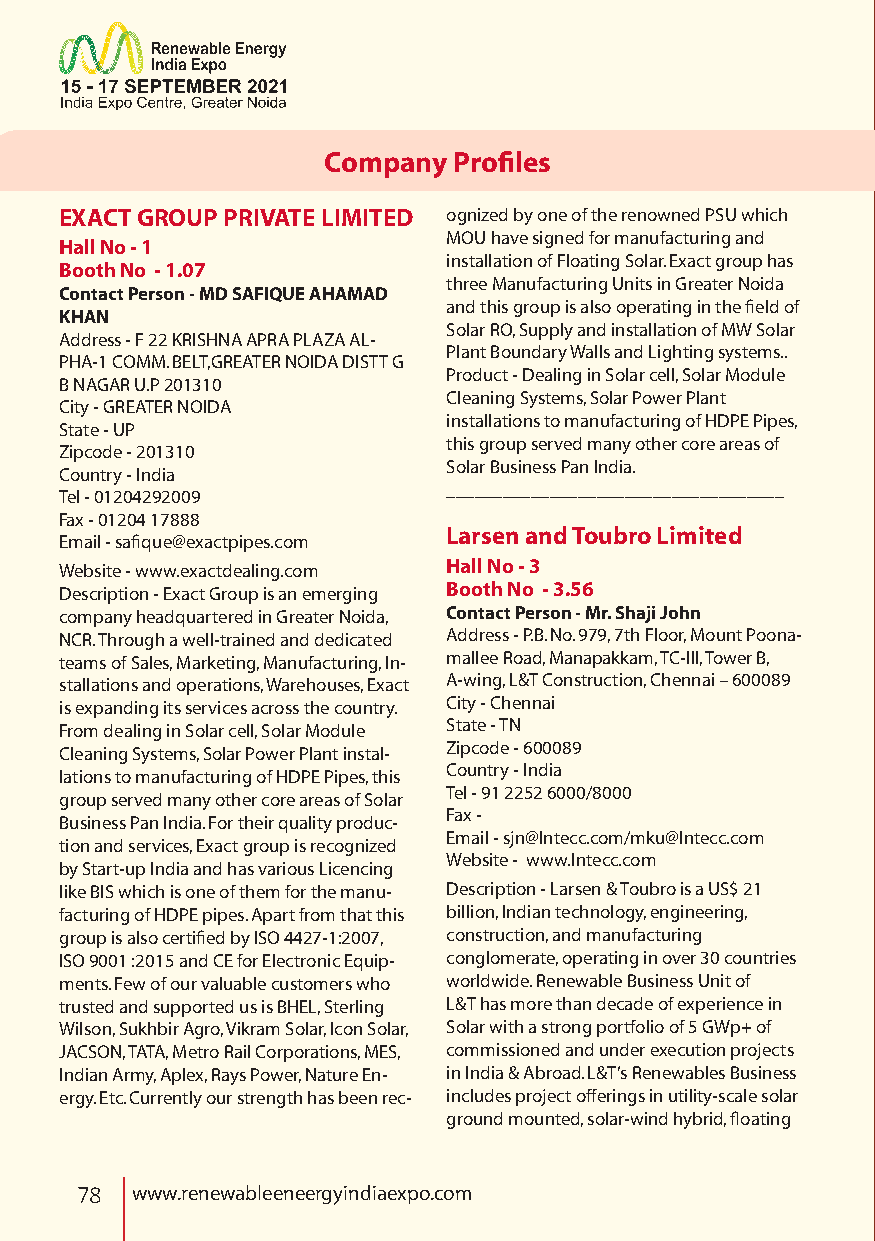
Company  Profiles
 EXACT GROUP PRIVATE LIMITED ognized by one of the renowned PSU which
 MOU have signed for manufacturing and
 Hall No - 1
 installation of Floating Solar. Exact group has
 Booth No - 1.07
 three Manufacturing Units in Greater Noida
 Contact Person - MD SAFIQUE AHAMAD
 and this group is also operating in the field of
 KHAN
 Solar RO, Supply and installation of MW Solar
 Address - F 22 KRISHNA APRA PLAZA AL-
 Plant Boundary Walls and Lighting systems..
 PHA-1 COMM. BELT,GREATER NOIDA DISTT G
 Product - Dealing in Solar cell, Solar Module
 B NAGAR U.P 201310
 Cleaning Systems, Solar Power Plant
 City - GREATER NOIDA
 installations to manufacturing of HDPE Pipes,
 State - UP
 this group served many other core areas of
 Zipcode - 201310
 Solar Business Pan India.
 Country - India
 ____________________________________
 Tel - 01204292009
 Fax - 01204 17888
 Larsen and Toubro Limited
 Email - safique@exactpipes.com
 Website - www.exactdealing.com Hall No - 3
 Description - Exact Group is an emerging Booth No - 3.56
 company headquartered in Greater Noida, Contact Person - Mr. Shaji John
 NCR. Through a well-trained and dedicated Address - P.B. No. 979, 7th Floor, Mount Poona-
 teams of Sales, Marketing, Manufacturing, In- mallee Road, Manapakkam, TC-III, Tower B,
 stallations and operations, Warehouses, Exact A-wing, L&T Construction, Chennai – 600089
 is expanding its services across the country. City - Chennai
 From dealing in Solar cell, Solar Module State - TN
 Zipcode - 600089
 Cleaning Systems, Solar Power Plant instal-
 Country - India
 lations to manufacturing of HDPE Pipes, this
 Tel - 91 2252 6000/8000
 group served many other core areas of Solar
 Fax -
 Business Pan India. For their quality produc-
 Email - sjn@lntecc.com/mku@lntecc.com
 tion and services, Exact group is recognized
 Website - www.lntecc.com
 by Start-up India and has various Licencing
 like BIS which is one of them for the manu- Description - Larsen & Toubro is a US$ 21
 facturing of HDPE pipes. Apart from that this billion, Indian technology, engineering,
 group is also certified by ISO 4427-1:2007, construction, and manufacturing
 ISO 9001 :2015 and CE for Electronic Equip- conglomerate, operating in over 30 countries
 ments. Few of our valuable customers who worldwide. Renewable Business Unit of
 trusted and supported us is BHEL, Sterling L&T has more than decade of experience in
 Wilson, Sukhbir Agro, Vikram Solar, Icon Solar, Solar with a strong portfolio of 5 GWp+ of
 JACSON, TATA, Metro Rail Corporations, MES, commissioned and under execution projects
 Indian Army, Aplex, Rays Power, Nature En- in India & Abroad. L&T’s Renewables Business
 ergy. Etc. Currently our strength has been rec- includes project offerings in utility-scale solar
 ground mounted, solar-wind hybrid, floating
 78  www.renewableeneergyindiaexpo.com